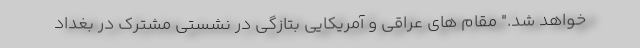
خواهد شد." مقام های عراقی و آمریکایی بتازگی در نشستی مشترک در بغداد